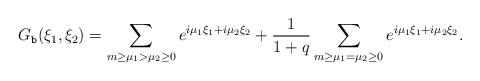
LaTeX: \begin{align*} G_{\texttt{b}} (\xi_1,\xi_2)= \sum_{m\geq \mu_1> \mu_2\geq 0} e^{i\mu_1\xi_1+i\mu_2\xi_2} +\frac{1}{1+q} \sum_{m\geq \mu_1= \mu_2\geq 0} e^{i\mu_1\xi_1+i\mu_2\xi_2} .\end{align*}